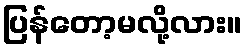
ပြန်တော့မလို့လား။